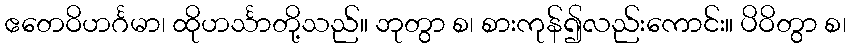
ဧတေဝိဟင်္ဂမာ၊ ထိုဟင်္သာတို့သည်။ ဘုတွာ စ၊ စားကုန်၍လည်းကောင်း။ ပိဝိတွာ စ၊